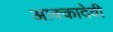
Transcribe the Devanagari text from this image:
आक्कादेवी